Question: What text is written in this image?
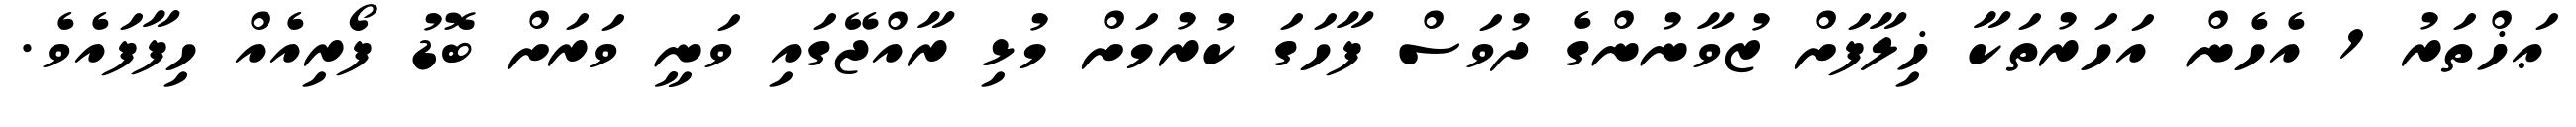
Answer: ޢަޚްތަރު 1 އެހެން އަހަރުތަކާ ޚިލާފަށް ޒުވާނުންގެ ދުވަސް ފާހަގަ ކުރުމަށް މުޅި ރާއްޖޭގައި ވަނީ ވަރަށް ބޮޑު ފޯރިއެއް ހިފާފައެވެ.